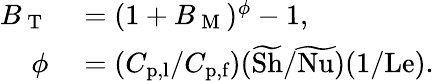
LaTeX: \begin{array}{rl}{B_{\mathrm{~T~}}}&{{}=(1+B_{\mathrm{~M~}})^{\phi}-1,}\\ {\phi}&{{}=(C_{\textup{p,l}}/C_{\textup{p,f}})(\widetilde{\textup{Sh}}/\widetilde{\textup{Nu}})(1/\textup{Le}).}\end{array}